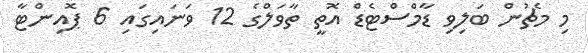
މި މެޗުން ބަލިވި ޑާމްސްޓެޑް އޮތީ ތާވަލްގެ 12 ވަނައިގައި 6 ޕޮއިންޓާ